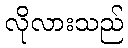
လိုလားသည်